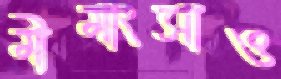
মীমাংসাও